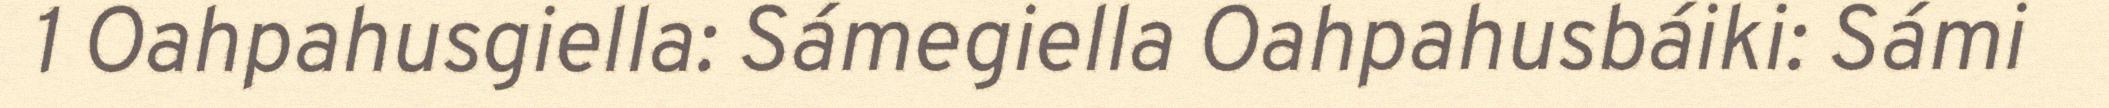
1 Oahpahusgiella: Sámegiella Oahpahusbáiki: Sámi